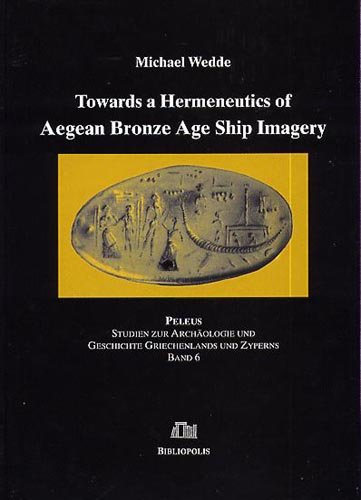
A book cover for Towards a Hermeneutics of Aegean Bronze Age Ship Imagery (Peleus); Michael Wedde; Science & Math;